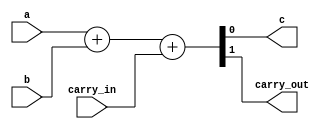
module full_adder (
    input wire a, b, carry_in,
    output wire c, carry_out
);

`ifdef COCOTB_SIM
    initial begin
        $dumpfile ("waves_tb_full_adder.vcd");
        $dumpvars;
    end
`endif

    assign {carry_out, c} = a + b + carry_in;

endmodule